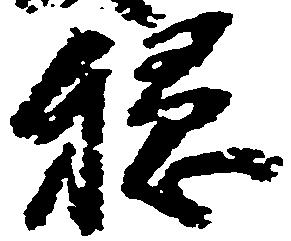
穏